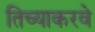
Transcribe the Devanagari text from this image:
तिच्याकरवे